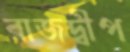
রাজদ্বীপ